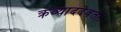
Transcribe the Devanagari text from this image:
क्रव्याददेवताः